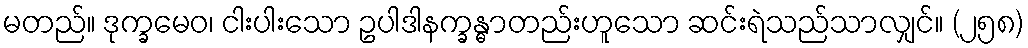
မတည်။ ဒုက္ခမေဝ၊ ငါးပါးသော ဥပါဒါနက္ခန္ဓာတည်းဟူသော ဆင်းရဲသည်သာလျှင်။ (၂၅၈)